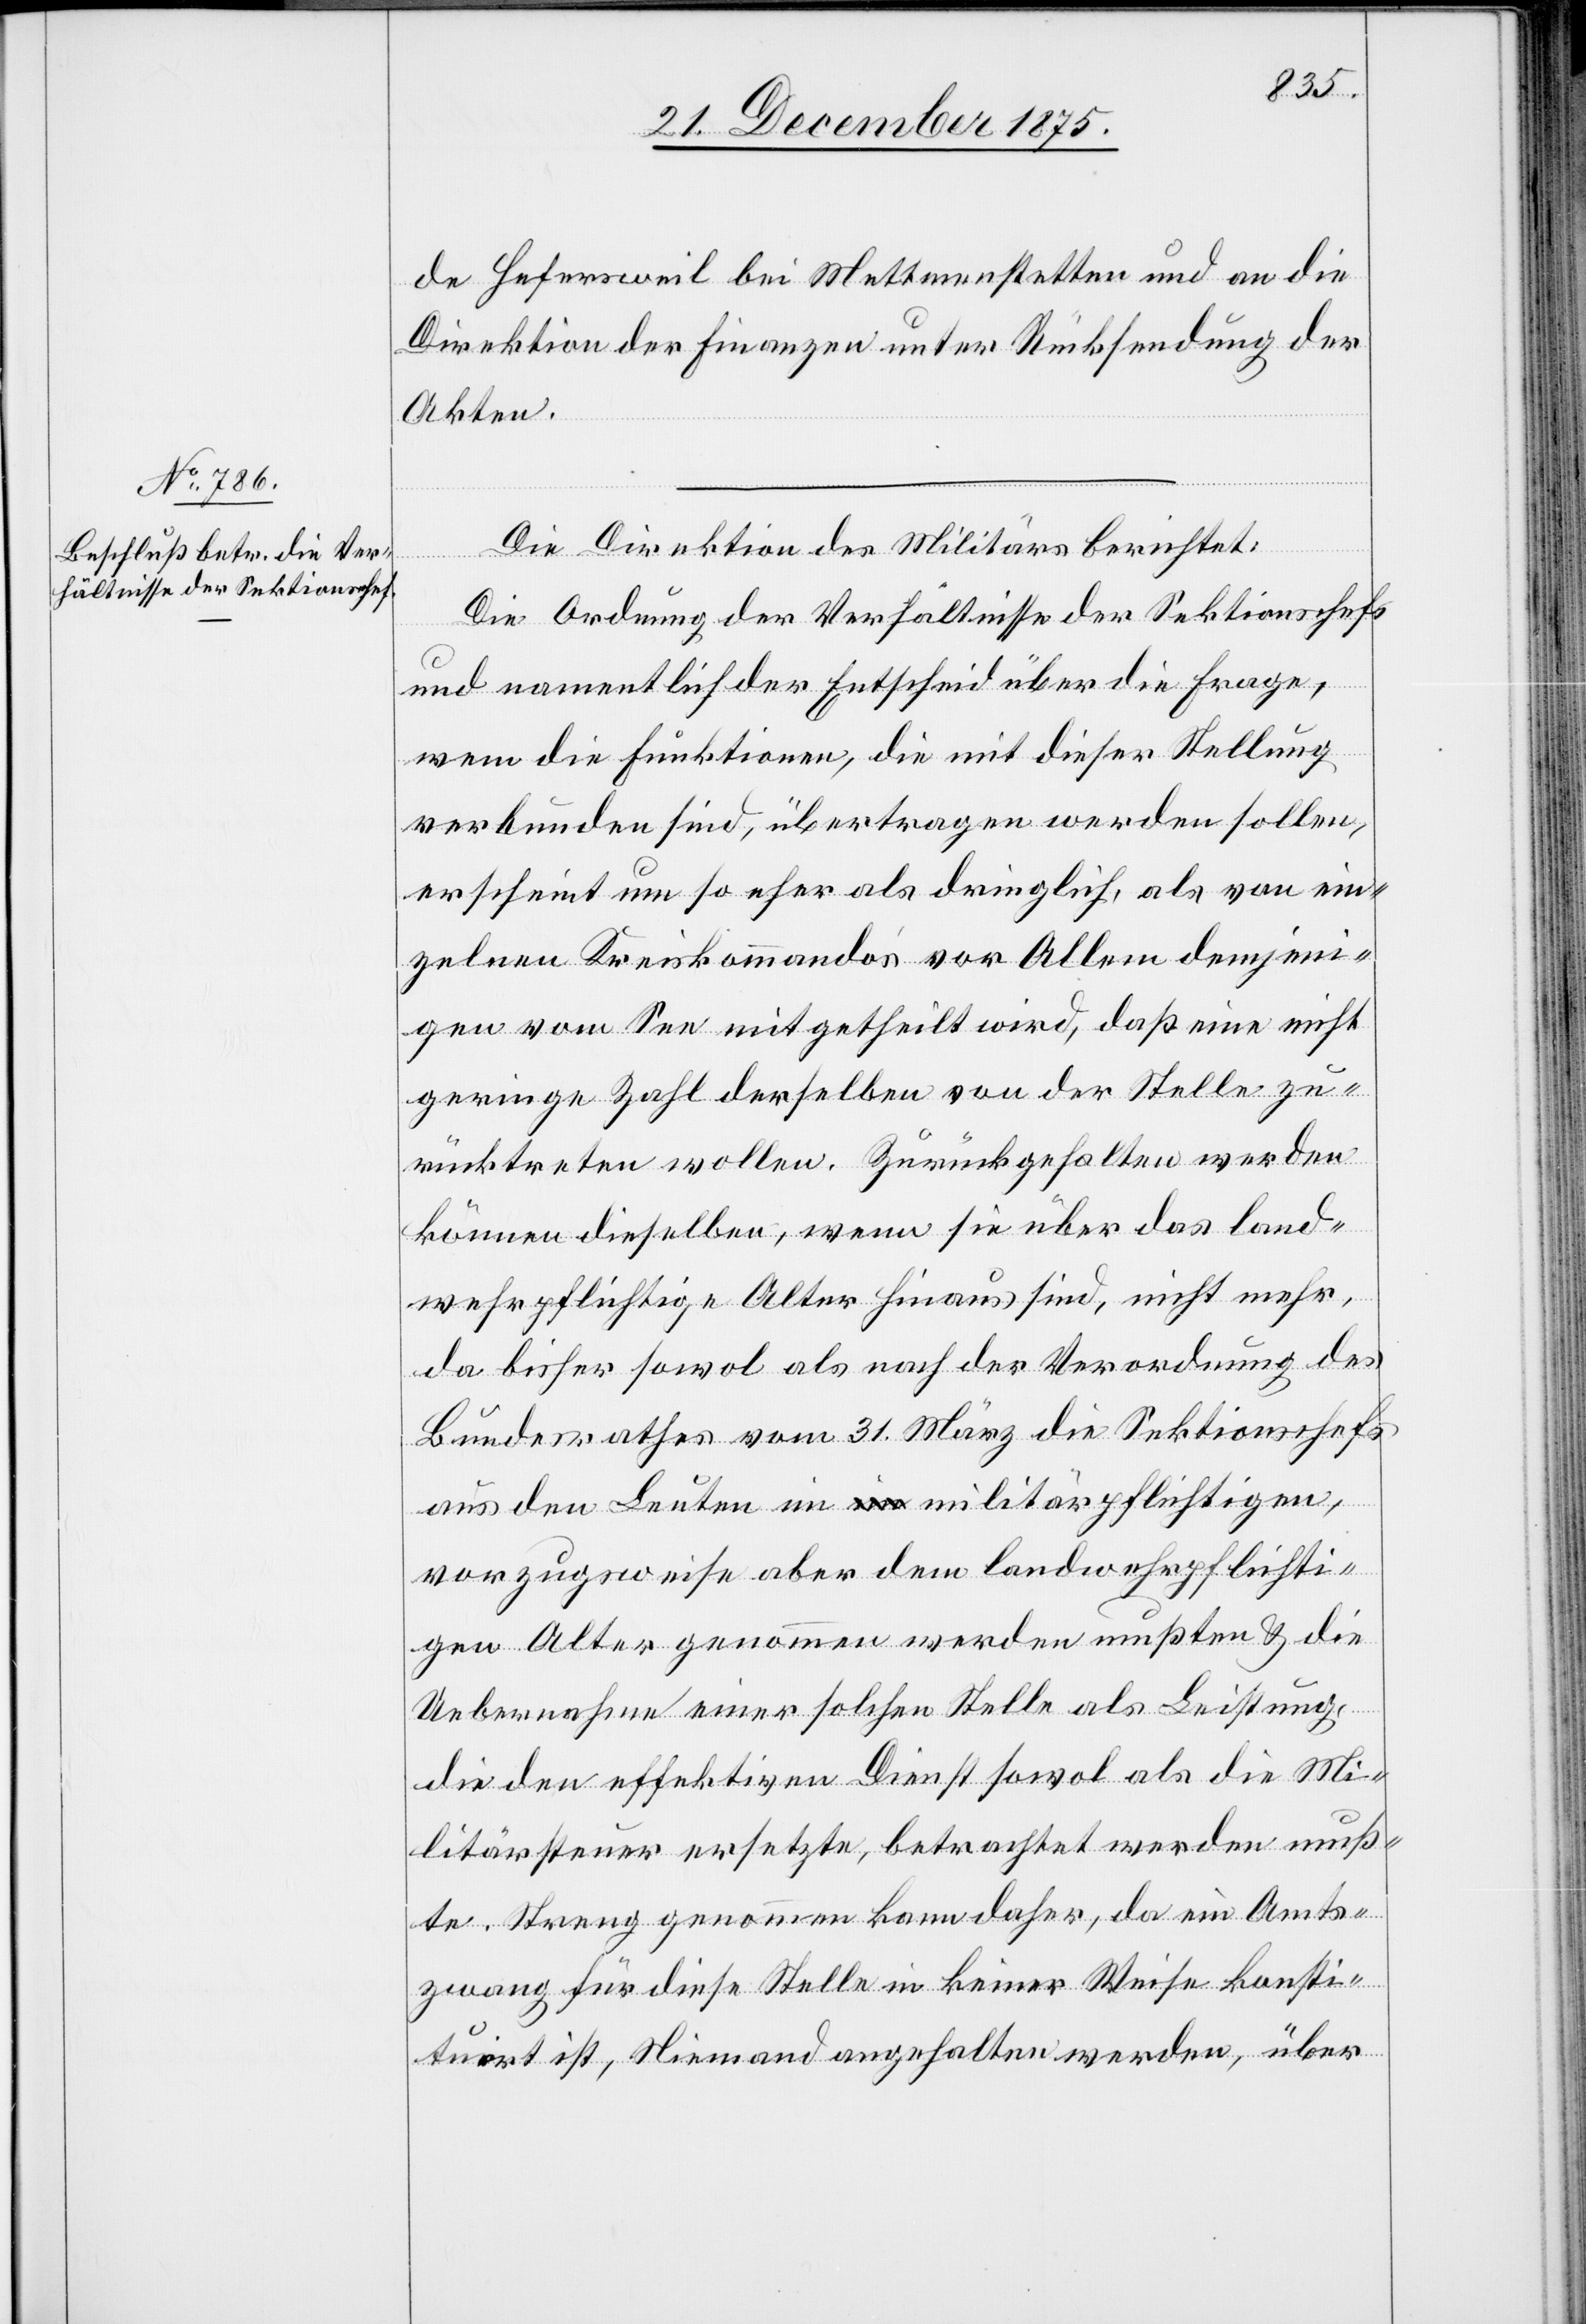
de Hefersweil bei Mettmenstetten und an die
Direktion der Finanzen unter Rücksendung der
Akten.
Die Direktion des Militärs berichtet:
Die Ordnung der Verhältnisse der Sektionschefs
und namentlich der Entscheid über die Frage,
wem die Funktionen, die mit dieser Stellung
verbunden sind, übertragen werden sollen,
erscheint um so eher als dringlich, als von ein¬
zelnen Kreiskommando’s vor Allem demjeni¬
gen vom See mitgetheilt wird, daß eine nicht
geringe Zahl derselben von der Stelle zu¬
rücktreten wollen. Zurückgehalten werden
können dieselben, wenn sie über das land¬
wehrpflichtige Alter hinaus sind, nicht mehr,
da bisher sowol als nach der Verordnung des
Bundesrathes vom 31. März die Sektionschefs
aus den Leuten im militärpflichtigen,
vorzugsweise aber dem landwehrpflichti¬
gen Alter genommen werden mußten & die
Uebernahme einer solchen Stelle als Leistung,
die den effektiven Dienst sowol als die Mi¬
litärsteuer ersetzte, betrachtet werden muß¬
te. Streng genommen kann daher, da ein Amts¬
zwang für diese Stelle in keiner Weise konsti¬
tuirt ist, Niemand angehalten werden, über